Medical and sanitary report of the native army of Madras for the year
Year: 1876
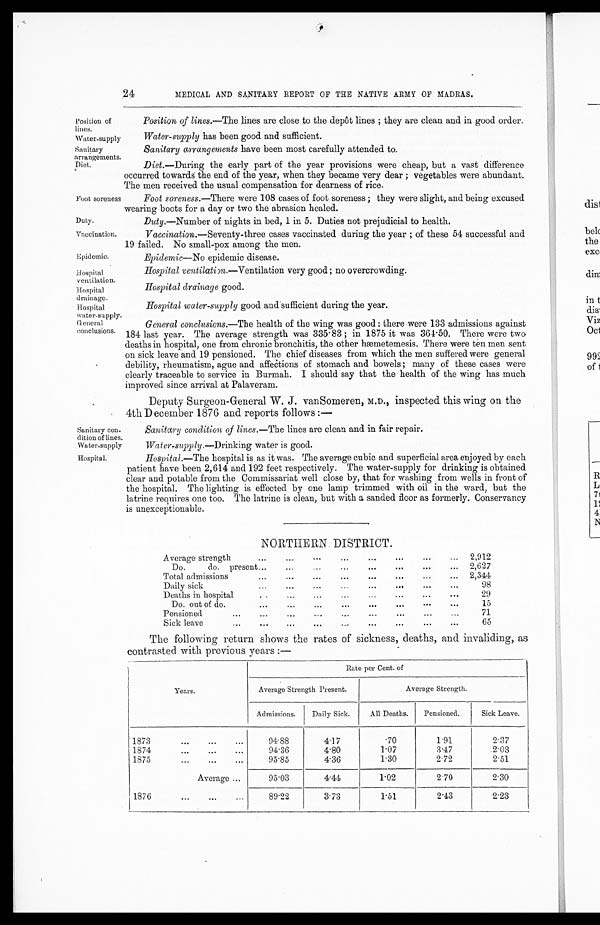
Water-supply
Sanitary
arrangements.
Diet.
Foot soreness
Duty.
Vaccination.
Epidemic.
Hospital
ventilation.
Hospital
drainage.
Hospi t al wat er suppl y.
Sanitary con
- d i t i o n o f l i n e s .
Water-supply
Hospital.
24 MEDICAL AND SANITARY REPORT OF THE NATIVE ARMY OF MADRAS.
Position of
lines.
Position of lines .—The lines are close to the depôt lines; they are clean and in good order.
Water-supply has been good and sufficient.
Sanitary arrangements have been most carefully attended to.
Diet .—During the early part of the year provisions were cheap, but a vast difference
occurred towards the end of the year, when they became very dear; vegetables were abundant.
The men received the usual compensation for dearness of rice.
Foot soreness .—There were 108 cases of foot soreness; they were slight, and being excused
wearing boots for a day or two the abrasion healed.
Duty .—Number of nights in bed, 1 in 5. Duties not prejudicial to health.
Vaccination .—Seventy-three cases vaccinated during the year; of these 54 successful and
19 failed. No small-pox among the men.
Epidemic—No epidemic disease.
Hospital ventilation.—Ventilation very good; no overcrowding.
Hospital drainage good.
Hospital water-supply good and sufficient during the year.
General
conclusions.
General conclusions .—The health of the wing was good: there were 133 admissions against
184 last year. The average strength was 335.83; in 1875 it was 364.50. There were two
deaths in hospital, one from chronic bronchitis, the other hæmetemesis. There were ten men sent
on sick leave and 19 pensioned. The chief diseases from which the men suffered were general
debility, rheumatism, ague and affections of stomach and bowels; many of these cases were
clearly traceable to service in Burmah. I should say that the health of the wing has much improved since arrival at Palaveram.
Deputy Surgeon-General W. J. vanSomeren, M.D., inspected this wing on the
4th December 1876 and reports follows:—
Sanitary condition of lines.— The lines are clean and in fair repair.
Water-supply .—Drinking water is good.
Hospital .—The hospital is as it was. The average cubic and superficial area enjoyed by each
patient have been 2,614 and 192 feet respectively. The water-supply for drinking is obtained
clear and potable from the Commissariat well close by, that for washing from wells in front of
the hospital. The lighting is effected by one lamp trimmed with oil in the ward, but the
latrine requires one too. The latrine is clean, but with a sanded floor as formerly. Conservancy
is unexceptionable.
NORTHERN DISTRICT.
Average strength
2,912
Do. do. present
2,627
Total admissions
2,344
Daily sick
98
Deaths in hospital
29
Do. out of do.
15
Pensioned
71
Sick leave
65
The following return shows the rates of sickness, deaths, and invaliding, as
contrasted with previous years:—
Years.
Rate per Cent. of
Average Strength Present.
Average Strength.
Admissions.
Daily Sick.
All Deaths.
Pensioned.
Sick Leave.
1873
94.88
4.17
.70
1.91
2.37
1 8 7 4
94.86
4.80
1.07
3.47
2.03
1875
95.85
4.36
1.30
2.72
2.51
Average
95.03
4.44
1.02
2.70
2.30
1876
89.22
3.73
1.51
2.43
2.23